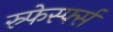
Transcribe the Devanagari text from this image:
स्र्फेर्स्फ्स